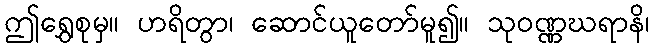
ဤရွှေစုမှ။ ဟရိတွာ၊ ဆောင်ယူတော်မူ၍။ သုဝဏ္ဏဃရာနိ၊